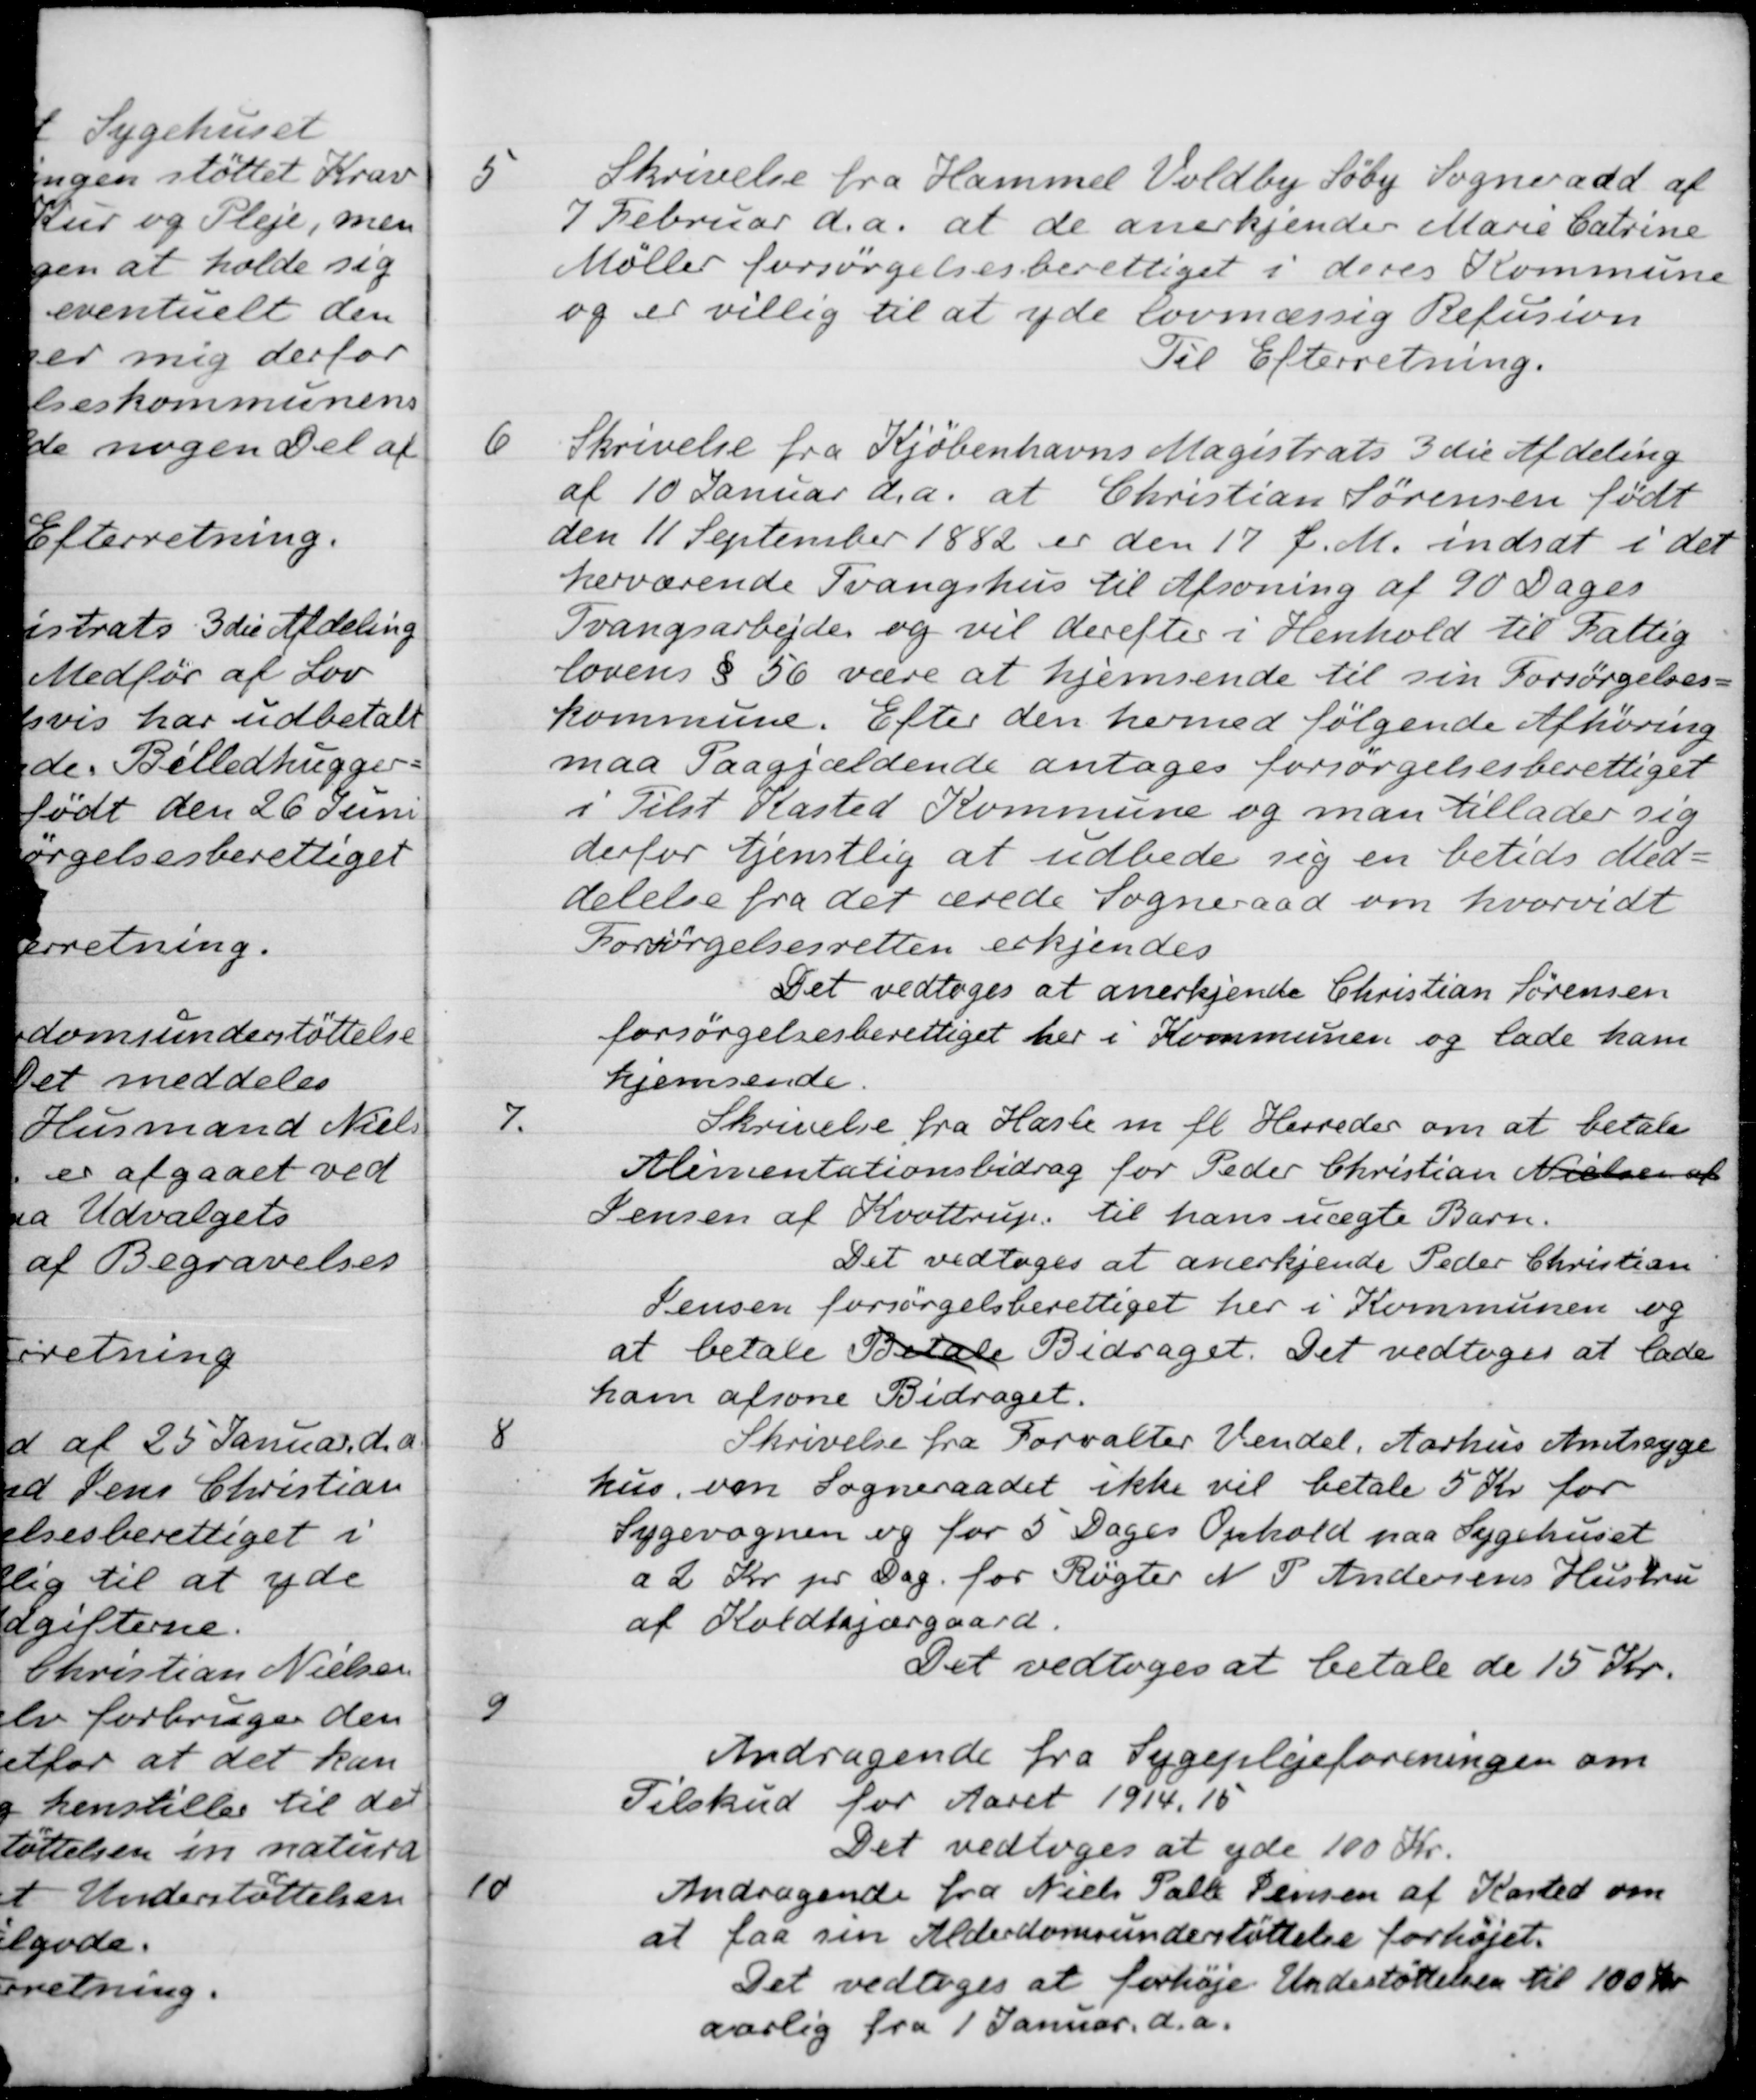
Transskription:
5
Skrivelse fra Hammel Voldby Søby Sogneraad af
7 Februar d.a. at de anerkjender Marie Catrine
Møller forsørgelsesberettiget i deres Kommune
og er villig til at yde lovmæssig Refusion
Til Efterretning.
6
Skrivelse fra Kjøbenhavns Magistrats 3 die Afdeling
af 10 Januar d.a. at Christian Sørensen født
den 11 September 1882 er den 17 f. M. indsat i det
herværende Tvangshus til Afsoning af 90 Dages
Tvangsarbejde og vil derefter i Henhold til Fattig
lovens § 56 være at hjemsende til sin Forsørgelses-
kommune. Efter den hermed følgende Afhøring
maa Paagjældende antages forsørgelsesberettiget
i Tilst Kasted Kommune og man tillader sig
derfor tjenstlig at udbede sig en betids Med-
delelse fra det ærede Sogneraad om hvorvidt
Forsørgelsesretten erkjendes
Det vedtoges at anerkjende Christian Sørensen
forsørgelsesberettiget her i Kommunen og lade ham
hjemsende
7.
Skrivelse fra Hasle m. fl. Herreder om at betale
Alimentationsbidrag for Peder Christian Nielsen af
Jensen af Kvottrup, til hans uægte Barn.
Det vedtoges at anerkjende Peder Christian
Jensen forsørgelsberettiget her i Kommunen og
at betale Betale Bidraget. Det vedtoges at lade
ham afsone Bidraget.
8
Skrivelse fra Forvalter Vendel, Aarhus Amtssyge-
hus, om Sogneraadet ikke vil betale 5 Kr for
Sygevognen og for 5 Dages Ophold paa Sygehuset
a 2 Kr pr Dag for Røgter N. P Andersens Hustru
af Koldkjærgaard.
Det vedtoges at betale de 15 Kr.
9
Andragende fra Sygeplejeforeningen om
Tilskud for Aaret 1914, 15
Det vedtoges at yde 100 Kr.
10
Andragende fra Niels Palle Jensen af Kasted om
at faa sin Alderdomsunderstøttelse forhøjet.
Det vedtoges at forhøje Undestøttelsen til 100 kr.
aarlig fra 1 Januar. d.a.